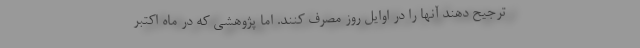
ترجیح دهند آنها را در اوایل روز مصرف کنند. اما پژوهشی که در ماه اکتبر